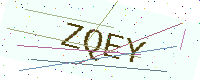
Text: ZQEY